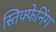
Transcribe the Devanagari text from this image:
स्तिफ्फेनिंग